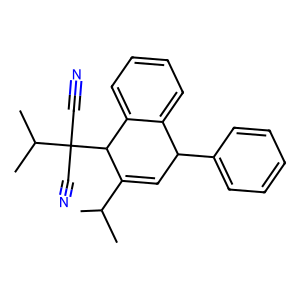
SMILES: CC(C)C1=CC(c2ccccc2)c2ccccc2C1C(C#N)(C#N)C(C)C
Inhibits HIV replication: No